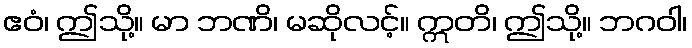
ဧဝံ၊ ဤသို့။ မာ ဘဏိ၊ မဆိုလင့်။ ဣတိ၊ ဤသို့။ ဘဂဝါ၊